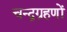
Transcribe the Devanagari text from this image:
चन्द्रग्रहणों